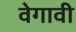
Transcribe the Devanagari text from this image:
वेगावी